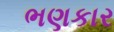
ભણકાર